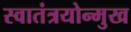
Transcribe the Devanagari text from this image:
स्वातंत्रयोन्मुख